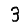
Digit: 3